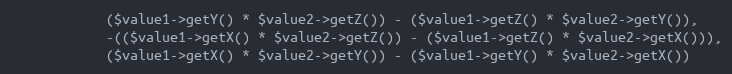
Language: PHP
            ($value1->getY() * $value2->getZ()) - ($value1->getZ() * $value2->getY()),
            -(($value1->getX() * $value2->getZ()) - ($value1->getZ() * $value2->getX())),
            ($value1->getX() * $value2->getY()) - ($value1->getY() * $value2->getX())